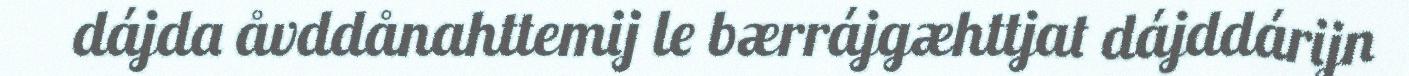
dájda åvddånahttemij le bærrájgæhttjat dájddárijn